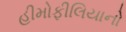
હીમોફીલિયાનો